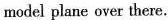
model plane over there.